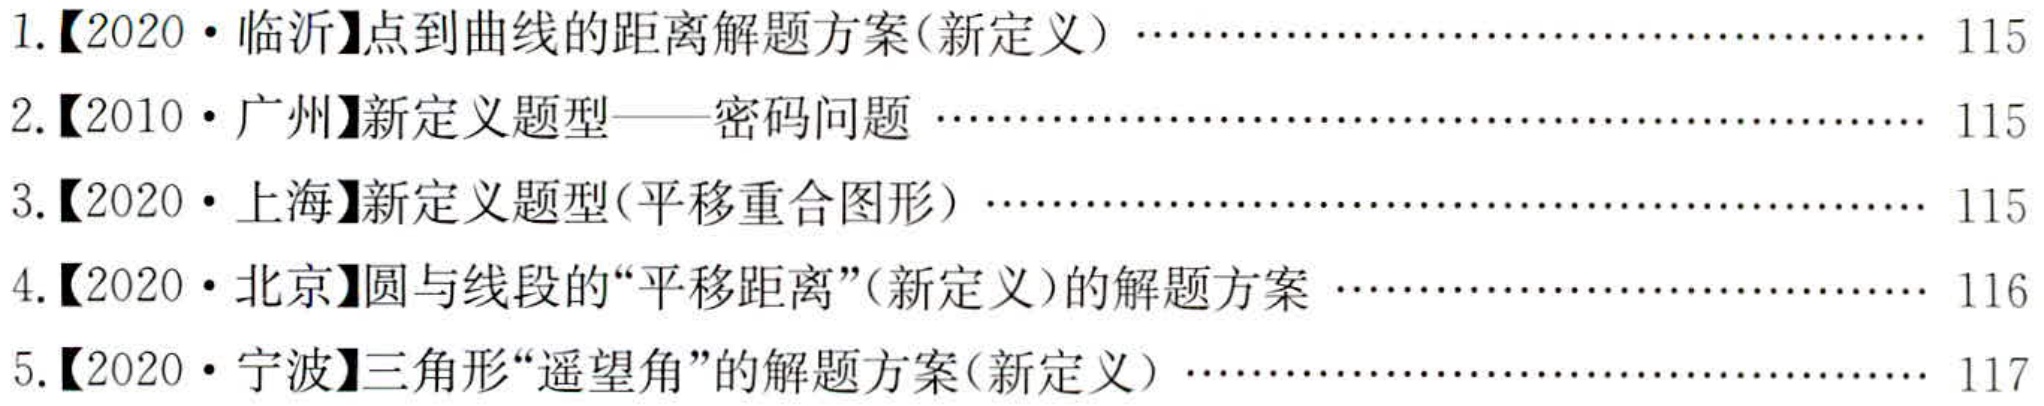
1.【2020·临沂】点到曲线的距离解题方案(新定义)……………………………………………… 115
2.【2010·广州】新定义题型——密码问题 …………………………………………………………… 115
3.【2020·上海】新定义题型(平移重合图形) ………………………………………………………… 115
4.【2020·北京】圆与线段的“平移距离”(新定义)的解题方案 ……………………………………… 116
5.【2020·宁波】三角形“遥望角”的解题方案(新定义) …………………………………………… 117